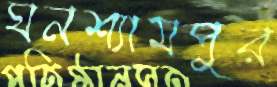
ঘনশ্যামপুর